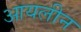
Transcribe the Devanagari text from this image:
आयलीन